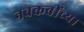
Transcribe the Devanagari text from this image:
नवकवींच्या